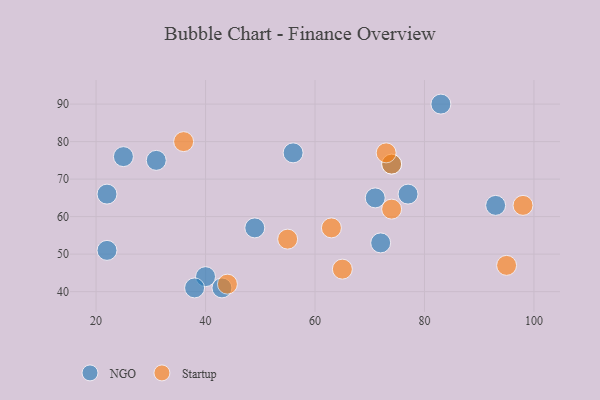
{"axis": {"x": "GDP", "y": "Life Expectancy"}, "legend": ["NGO", "Startup"], "data": [{"x": "25", "y": 76, "type": "NGO"}, {"x": "43", "y": 41, "type": "NGO"}, {"x": "93", "y": 63, "type": "NGO"}, {"x": "31", "y": 75, "type": "NGO"}, {"x": "49", "y": 57, "type": "NGO"}, {"x": "72", "y": 53, "type": "NGO"}, {"x": "56", "y": 77, "type": "NGO"}, {"x": "40", "y": 44, "type": "NGO"}, {"x": "83", "y": 90, "type": "NGO"}, {"x": "74", "y": 74, "type": "NGO"}, {"x": "38", "y": 41, "type": "NGO"}, {"x": "77", "y": 66, "type": "NGO"}, {"x": "22", "y": 51, "type": "NGO"}, {"x": "71", "y": 65, "type": "NGO"}, {"x": "22", "y": 66, "type": "NGO"}, {"x": "63", "y": 57, "type": "Startup"}, {"x": "74", "y": 62, "type": "Startup"}, {"x": "65", "y": 46, "type": "Startup"}, {"x": "95", "y": 47, "type": "Startup"}, {"x": "98", "y": 63, "type": "Startup"}, {"x": "74", "y": 74, "type": "Startup"}, {"x": "36", "y": 80, "type": "Startup"}, {"x": "44", "y": 42, "type": "Startup"}, {"x": "73", "y": 77, "type": "Startup"}, {"x": "55", "y": 54, "type": "Startup"}]}